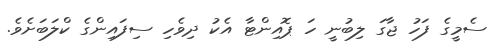
ސެމީގެ ފަހު ޖާގަ ލިބުނީ ހަ ޕޮއިންޓާ އެކު ދިވެހި ސިފައިންގެ ކްލަބަށެވެ.